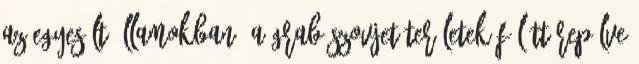
az Egyesült Államokban. A GRAB szovjet területek fölött repülve